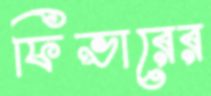
ফিভারের